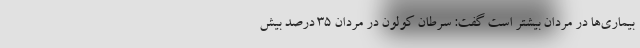
بیماری‌ها در مردان بیشتر است گفت: سرطان کولون در مردان ۳۵ درصد بیش